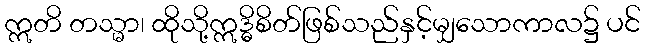
ဣတိ တသ္မာ၊ ထိုသို့ဣဒ္ဓိစိတ်ဖြစ်သည်နှင့်မျှသောကာလ၌ ပင်